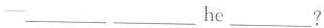
--___ ___ he ___?